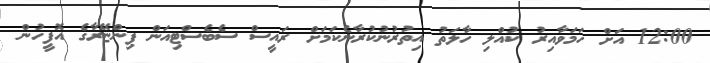
12:00 އަށް ހަމަވާއިރު ކުއްލި ހާލަތު އިތުރުނުކުރާނެކަމަށް ރައީސް ސެބެސްޓިއަން ޕިންޏޭރާގެ އޮފީހުން